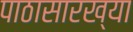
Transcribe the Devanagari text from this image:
पाठासारख्या